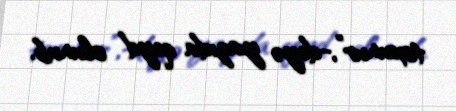
toxunur”,-deyə yazıda qeyd olunub.